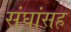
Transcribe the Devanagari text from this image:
संघांसह